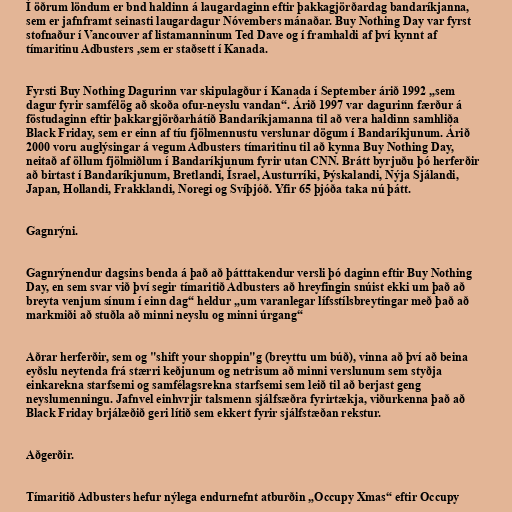
Í öðrum löndum er bnd haldinn á laugardaginn eftir þakkagjörðardag bandaríkjanna,
sem er jafnframt seinasti laugardagur Nóvembers mánaðar. Buy Nothing Day var fyrst
stofnaður í Vancouver af listamanninum Ted Dave og í framhaldi af því kynnt af
tímaritinu Adbusters ,sem er staðsett í Kanada.

Fyrsti Buy Nothing Dagurinn var skipulagður í Kanada í September árið 1992 „sem
dagur fyrir samfélög að skoða ofur-neyslu vandan“. Árið 1997 var dagurinn færður á
föstudaginn eftir þakkargjörðarhátíð Bandaríkjamanna til að vera haldinn samhliða
Black Friday, sem er einn af tíu fjölmennustu verslunar dögum í Bandaríkjunum. Árið
2000 voru auglýsingar á vegum Adbusters tímaritinu til að kynna Buy Nothing Day,
neitað af öllum fjölmiðlum í Bandaríkjunum fyrir utan CNN. Brátt byrjuðu þó herferðir
að birtast í Bandaríkjunum, Bretlandi, Ísrael, Austurríki, Þýskalandi, Nýja Sjálandi,
Japan, Hollandi, Frakklandi, Noregi og Svíþjóð. Yfir 65 þjóða taka nú þátt.

Gagnrýni.

Gagnrýnendur dagsins benda á það að þátttakendur versli þó daginn eftir Buy Nothing
Day, en sem svar við því segir tímaritið Adbusters að hreyfingin snúist ekki um það að
breyta venjum sínum í einn dag“ heldur „um varanlegar lífsstílsbreytingar með það að
markmiði að stuðla að minni neyslu og minni úrgang“

Aðrar herferðir, sem og "shift your shoppin"g (breyttu um búð), vinna að því að beina
eyðslu neytenda frá stærri keðjunum og netrisum að minni verslunum sem styðja
einkarekna starfsemi og samfélagsrekna starfsemi sem leið til að berjast geng
neyslumenningu. Jafnvel einhvrjir talsmenn sjálfsæðra fyrirtækja, viðurkenna það að
Black Friday brjálæðið geri lítið sem ekkert fyrir sjálfstæðan rekstur.

Aðgerðir.

Tímaritið Adbusters hefur nýlega endurnefnt atburðin „Occupy Xmas“ eftir Occupy